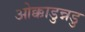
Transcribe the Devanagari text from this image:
ओक्काडुन्नडु